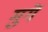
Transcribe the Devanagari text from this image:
मुगें